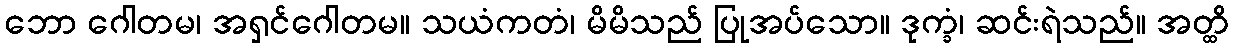
ဘော ဂေါတမ၊ အရှင်ဂေါတမ။ သယံကတံ၊ မိမိသည် ပြုအပ်သော။ ဒုက္ခံ၊ ဆင်းရဲသည်။ အတ္ထိ